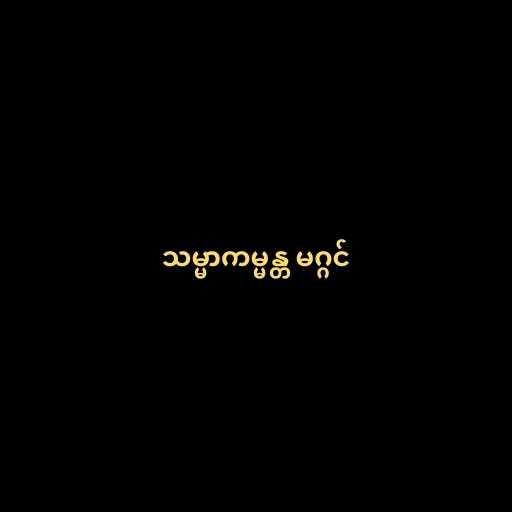
သမ္မာကမ္မန္တ မဂ္ဂင်